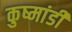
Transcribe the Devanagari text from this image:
कुष्मांडी